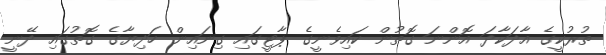
ތުރުކީގެ އާދަކާދަ އޮންނަ ގޮތުން ކައިވެނީގެ ޕާޓީގައި ގިނައިން ހަދިޔާގެ ގޮތުގައި ދޭނީ